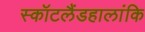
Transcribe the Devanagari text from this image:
स्कॉटलैंडहालांकि